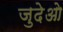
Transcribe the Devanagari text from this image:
जुदेओ